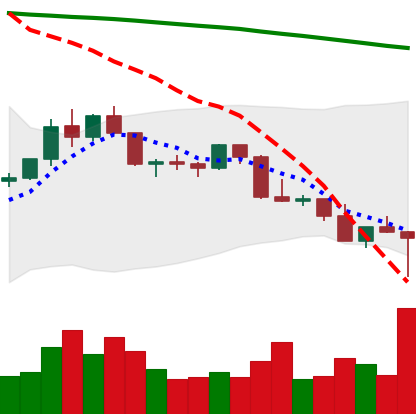
Ticker: LTC-USD
Chart end date: 2022-02-24
Forward return: 7.976%
Label: up_7plus